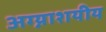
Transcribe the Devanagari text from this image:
अग्न्याशयीय